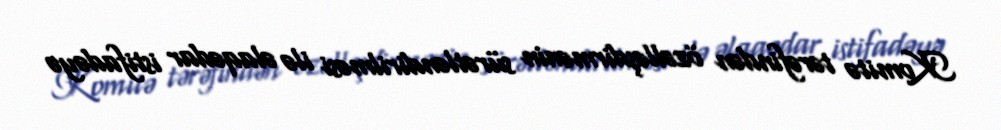
Komitə tərəfindən özəlləşdirmənin sürətləndirilməsi ilə əlaqədar istifadəyə